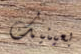
بعينيك